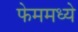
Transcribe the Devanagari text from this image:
फेममध्ये